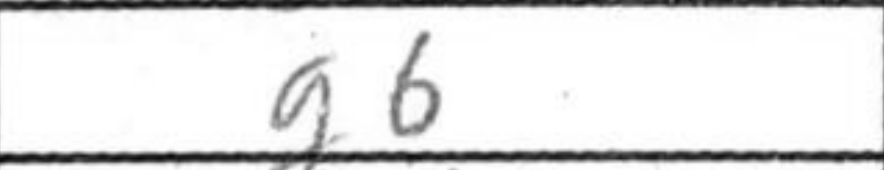
Transcription: g6